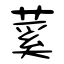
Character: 蒵